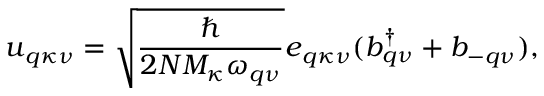
\boldsymbol { u } _ { \boldsymbol { q } \kappa \nu } = \sqrt { \frac { \hbar } { 2 N M _ { \kappa } \omega _ { \boldsymbol { q } \nu } } } \boldsymbol { e } _ { \boldsymbol { q } \kappa \nu } ( b _ { \boldsymbol { q } \nu } ^ { \dagger } + b _ { \boldsymbol { - q } \nu } ) ,